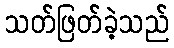
သတ်ဖြတ်ခဲ့သည်